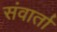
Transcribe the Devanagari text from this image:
संवार्ता